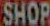
SHOP